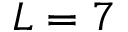
L = 7